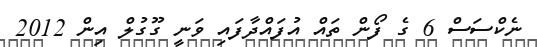
ނެކްސަސް 6 ގެ ފޯން ތައް އުފައްދާފައި ވަނީ ގޫގުލް އިން 2012